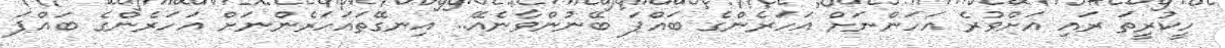
ހީކުރީތަ ރައި އަށްވުރެ އަހަންނަށް އަހަރެންގެ ބައްޕަ ބޭނުންވާނެއޭ.. އިނގޭތައަހަރެންނަށް އަހަރެންގެ ބައްޕަ